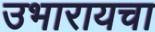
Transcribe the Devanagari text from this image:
उभारायचा